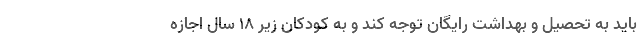
باید به تحصیل و بهداشت رایگان توجه کند و به کودکان زیر ۱۸ سال اجازه